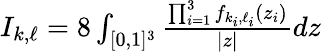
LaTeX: \begin{array}{r}{I_{k,\ell}=8\int_{[0,1]^{3}}\frac{\prod_{i=1}^{3}f_{k_{i},\ell_{i}}(z_{i})}{|z|}dz}\end{array}